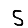
Digit: 5